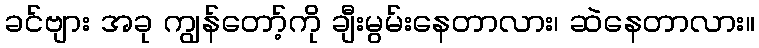
ခင်ဗျား အခု ကျွန်တော့်ကို ချီးမွမ်းနေတာလား၊ ဆဲနေတာလား။